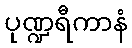
ပုဏ္ဍရီကာနံ